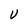
Character: V